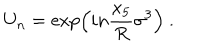
LaTeX: U _ { n } = \exp \left( i n { \frac { x _ { 5 } } { R } } \sigma ^ { 3 } \right) \ .